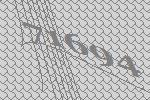
71694